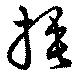
捶